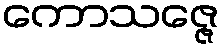
ကောသဇ္ဇေ